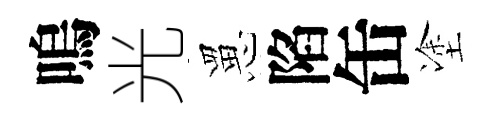
嗚光罳陷缶塗